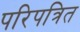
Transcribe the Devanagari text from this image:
परिपत्रित